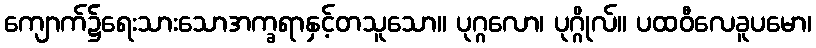
ကျောက်၌ရေးသားသောအက္ခရာနှင့်တသူသော။ ပုဂ္ဂလော၊ ပုဂ္ဂိုလ်။ ပထဝီလေခူပမော၊